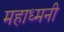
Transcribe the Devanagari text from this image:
महाध्मनी